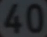
40